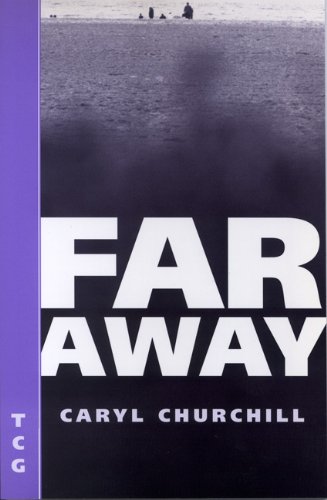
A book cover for Far Away (Nick Hern Books Drama Classics); Caryl Churchill; Literature & Fiction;